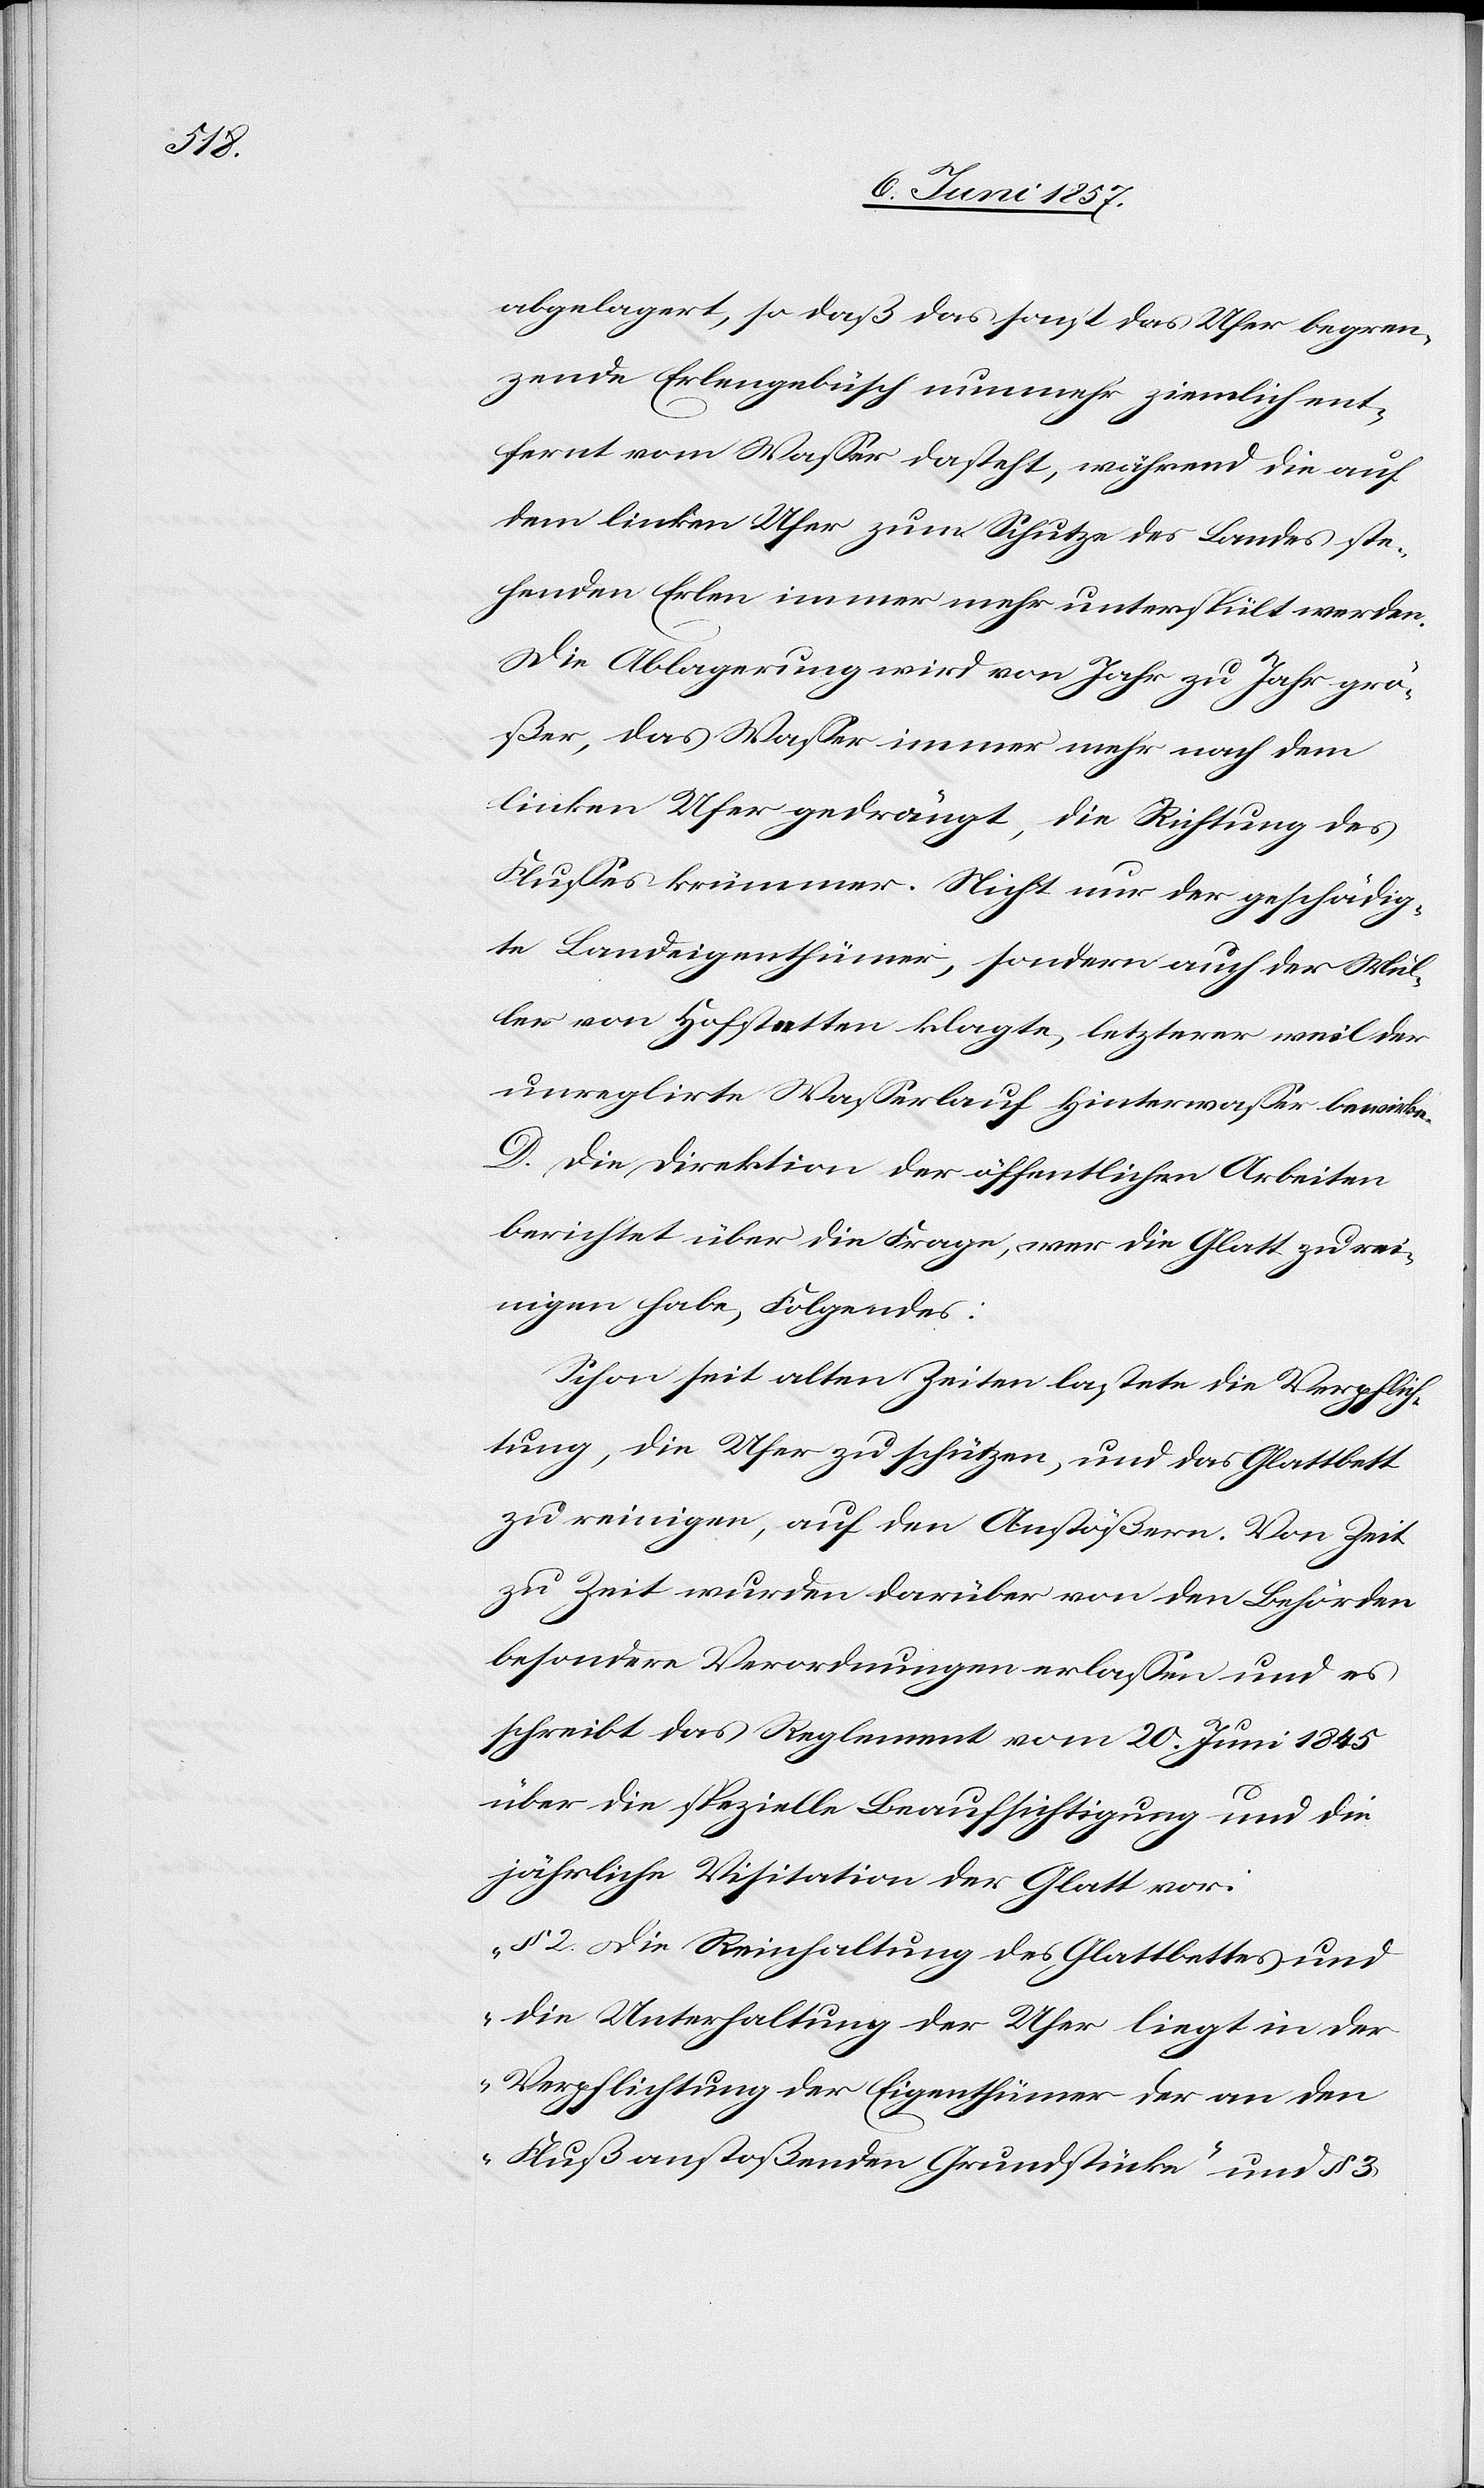
abgelagert, so daß das sonst das Ufer begren¬
zende Erlengebüsch nunmehr ziemlich ent¬
fernt vom Wasser dasteht, während die auf
dem linken Ufer zum Schutze des Landes ste¬
henden Erlen immer mehr unterspült werden.
Die Ablagerung wird von Jahr zu Jahr grö¬
ßer, das Wasser immer mehr nach dem
linken Ufer gedrängt, die Richtung des
Flusses krümmer. Nicht nur der geschädig¬
te Landeigenthümer, sondern auch der Mül¬
ler von Hofstetten klagte, letzterer weil der
unreglirte [sic!] Wasserlauf Hinterwasser bewirke.
D. Die Direktion der öffentlichen Arbeiten
berichtet über die Frage, wer die Glatt zu rei¬
nigen habe, Folgendes:
Schon seit alten Zeiten lastete die Verpflich¬
tung, die Ufer zu schützen, und das Glattbett
zu reinigen, auf den Anstößern. Von Zeit
zu Zeit wurden darüber von den Behörden
besondere Verordnungen erlassen und es
schreibt das Reglement vom 20 Juni 1845
über die spezielle Beaufsichtigung und die
jährliche Visitation der Glatt vor:
„§ 2 Die Reinhaltung des Glattbettes und
die Unterhaltung der Ufer liegt in der
Verpflichtung der Eigenthümer der an den
Fluß anstoßenden Grundstücke“ und § 3